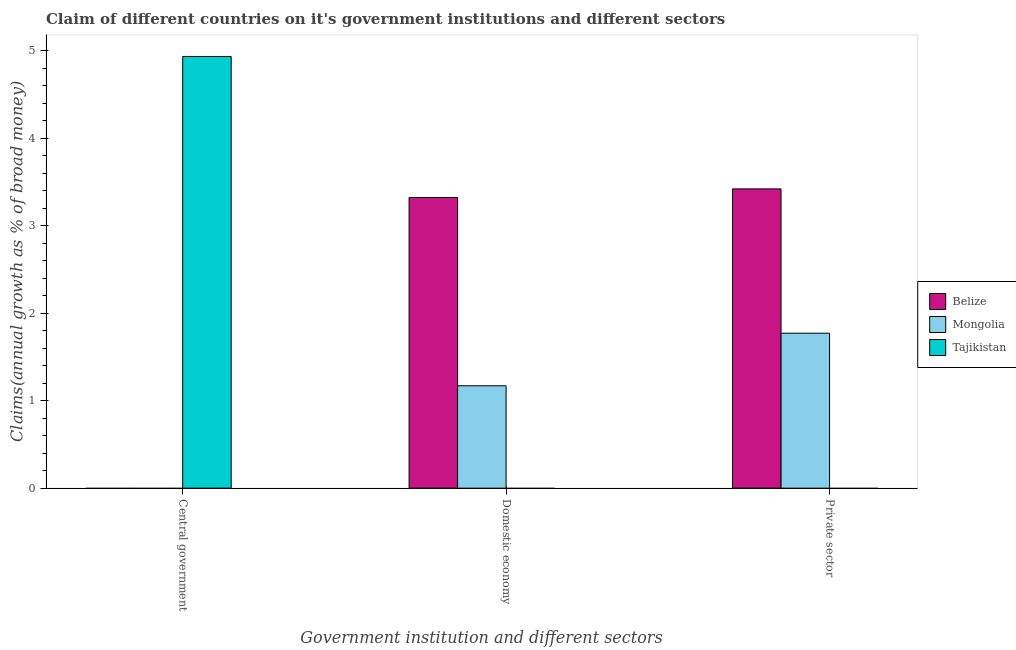
| Government institution and different sectors | Belize | Mongolia | Tajikistan |
 | --- | --- | --- | --- |
 | Central government | -0.822 | -6.34 | 4.93 |
 | Domestic economy | 3.32 | 1.17 | -67.4 |
 | Private sector | 3.42 | 1.77 | -36.4 |